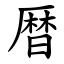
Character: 暦